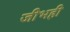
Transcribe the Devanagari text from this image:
जीभही